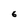
Character: 6